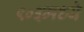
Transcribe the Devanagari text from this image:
९०३मध्ये